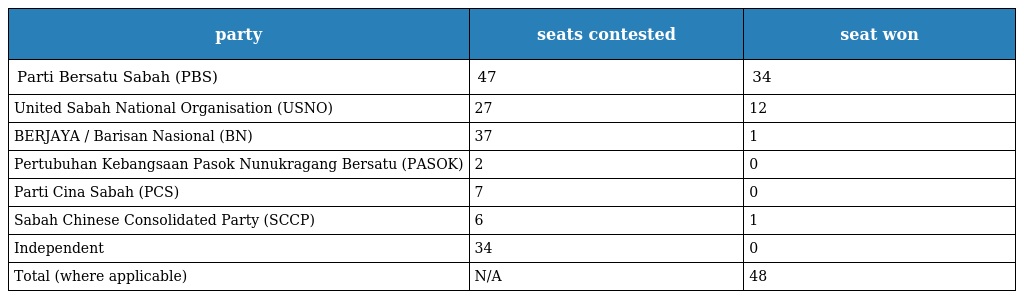
| party | seats contested | seat won |
 | --- | --- | --- |
 | Parti Bersatu Sabah (PBS) | 47 | 34 |
 | United Sabah National Organisation (USNO) | 27 | 12 |
 | BERJAYA / Barisan Nasional (BN) | 37 | 1 |
 | Pertubuhan Kebangsaan Pasok Nunukragang Bersatu (PASOK) | 2 | 0 |
 | Parti Cina Sabah (PCS) | 7 | 0 |
 | Sabah Chinese Consolidated Party (SCCP) | 6 | 1 |
 | Independent | 34 | 0 |
 | Total (where applicable) | N/A | 48 |